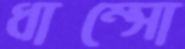
ধাম্‌সো